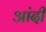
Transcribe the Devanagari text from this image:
आंदी